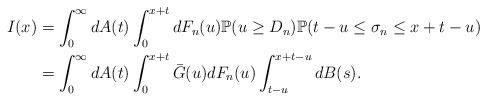
LaTeX: \begin{align*}I(x) & = \int_{0}^{\infty}dA(t)\int_{0}^{x+t}dF_n(u) \mathbb{P}(u \geq D_n)\mathbb{P}(t-u \leq \sigma_n \leq x+t-u)\\ & = \int_{0}^{\infty}dA(t)\int_{0}^{x+t} \bar{G}(u) dF_n(u)\int_{t-u}^{x+t-u} dB(s).\end{align*}